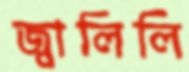
জ্বালিলি